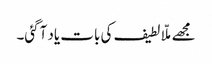
مجھے ملّا لطیف کی بات یاد آگئی۔